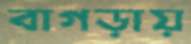
বাগড়ায়